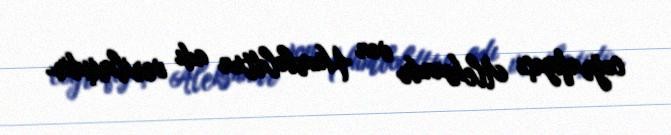
coğrafiyaçı Aleksandr von Humboldtun adı verilmişdir.